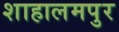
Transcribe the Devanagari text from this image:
शाहालमपुर